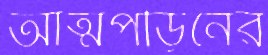
আত্মপীড়নের